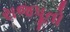
રાજપૂતો